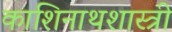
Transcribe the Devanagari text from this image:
काशिनाथशास्त्री